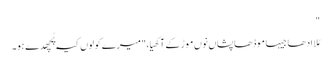
"
مُلا ادھا جیہا موڈھا پشاں نوں موڑ کے آکھیا،"میرے کولوں کیہ پُچھدے ہو۔